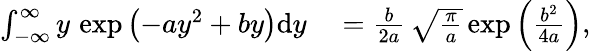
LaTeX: \begin{array}{rl}{\int_{-\infty}^{\infty}y\, \exp\left(-ay^{2}+by\right)\mathrm{d}y}&{{}=\frac{b}{2a}\, \sqrt{\frac{\pi}{a}}\exp\left(\frac{b^{2}}{4a}\right),}\end{array}